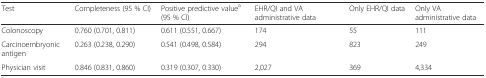
<table><thead><tr><td><b>Test</b></td><td><b>Completeness (95 % CI)</b></td><td><b>Positive predictive value<sup>a</sup> (95 % CI)</b></td><td><b>EHR/QI and VA administrative data</b></td><td><b>Only EHR/QI data</b></td><td><b>Only VA administrative data</b></td></tr></thead><tbody><tr><td>Colonoscopy</td><td>0.760 (0.701, 0.811)</td><td>0.611 (0.551, 0.667)</td><td>174</td><td>55</td><td>111</td></tr><tr><td>Carcinoembryonic antigen</td><td>0.263 (0.238, 0.290)</td><td>0.541 (0.498, 0.584)</td><td>294</td><td>823</td><td>249</td></tr><tr><td>Physician visit</td><td>0.846 (0.831, 0.860)</td><td>0.319 (0.307, 0.330)</td><td>2,027</td><td>369</td><td>4,334</td></tr></tbody></table>